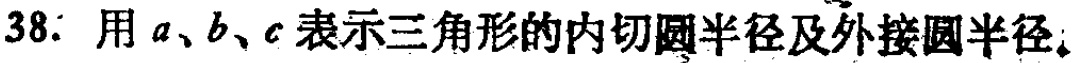
38. 用\(a\)、\(b\)、\(c\)表示三角形的内切圆半径及外接圆半径。